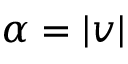
\alpha = \vert v \vert